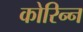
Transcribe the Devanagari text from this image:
कोरिन्न